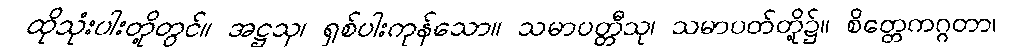
ထိုသုံးပါးတို့တွင်။ အဋ္ဌသု၊ ရှစ်ပါးကုန်သော။ သမာပတ္တီသု၊ သမာပတ်တို့၌။ စိတ္တေကဂ္ဂတာ၊